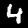
Digit: 4